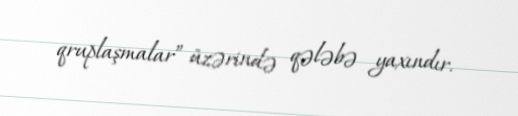
qruplaşmalar” üzərində qələbə yaxındır.